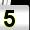
Digit: 5